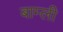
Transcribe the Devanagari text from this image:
बाम्ली